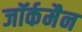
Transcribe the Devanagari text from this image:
जॉर्कमैन